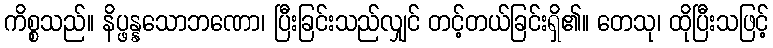
ကိစ္စသည်။ နိပ္ဖန္နသောဘဏော၊ ပြီးခြင်းသည်လျှင် တင့်တယ်ခြင်းရှိ၏။ တေသု၊ ထိုပြီးသဖြင့်